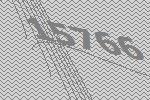
15766